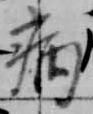
病